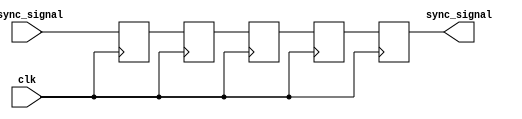
module cascade_synchronizer (
    input wire clk,
    input wire async_signal,
    output reg sync_signal
);

reg [3:0] flop1, flop2, flop3, flop4;

always @(posedge clk) begin
    flop1 <= async_signal;
    flop2 <= flop1;
    flop3 <= flop2;
    flop4 <= flop3;
    sync_signal <= flop4;
end

endmodule